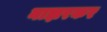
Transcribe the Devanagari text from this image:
नाझरकर